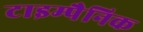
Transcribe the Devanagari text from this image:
टाइम्पैनिक